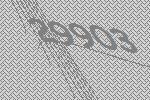
29903